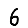
Digit: 6